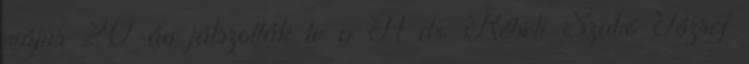
május 20-án játszották le a A dr. Rébeli-Szabó József